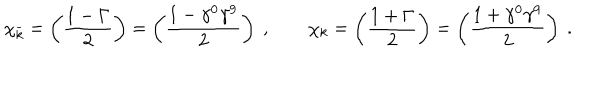
\chi _ { \bar { k } } = \left( { \frac { 1 - \Gamma } { 2 } } \right) = \left( { \frac { 1 - \gamma ^ { 0 } \gamma ^ { 9 } } { 2 } } \right) \ , \qquad \chi _ { k } = \left( { \frac { 1 + \Gamma } { 2 } } \right) = \left( { \frac { 1 + \gamma ^ { 0 } \gamma ^ { 9 } } { 2 } } \right) \ .